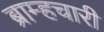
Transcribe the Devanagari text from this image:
ब्राम्हचारी